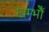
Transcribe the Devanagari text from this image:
खम्भोँ